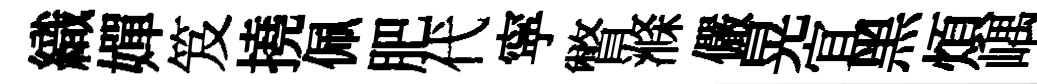
織嬋笈撓佩肥代寜瞥滌儼晃宜黑煩嵎